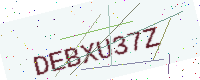
Text: DEBXU37Z